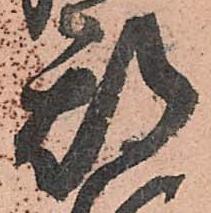
期